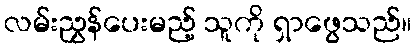
လမ်းညွှန်ပေးမည့် သူကို ရှာဖွေသည်။